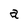
Character: a